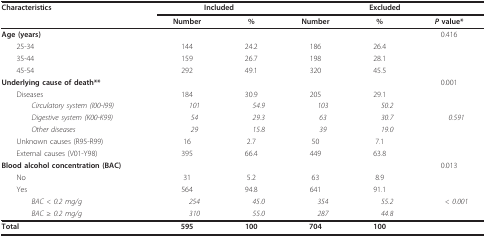
| Characteristics | <COLSPAN=2> Included | <COLSPAN=3> Excluded |
 |  | Number | % | Number | % | P value* |
 | --- | --- | --- | --- | --- | --- |
 | Age (years) |  |  |  |  | 0.416 |
 | 25-34 | 144 | 24.2 | 186 | 26.4 |  |
 | 35-44 | 159 | 26.7 | 198 | 28.1 |  |
 | 45-54 | 292 | 49.1 | 320 | 45.5 |  |
 | Underlying cause of death** |  |  |  |  | 0.001 |
 | Diseases | 184 | 30.9 | 205 | 29.1 |  |
 | Circulatory system (I00-I99) | 101 | 54.9 | 103 | 50.2 |  |
 | Digestive system (K00-K99) | 54 | 29.3 | 63 | 30.7 | 0.591 |
 | Other diseases | 29 | 15.8 | 39 | 19.0 |  |
 | Unknown causes (R95-R99) | 16 | 2.7 | 50 | 7.1 |  |
 | External causes (V01-Y98) | 395 | 66.4 | 449 | 63.8 |  |
 | Blood alcohol concentration (BAC) |  |  |  |  | 0.013 |
 | No | 31 | 5.2 | 63 | 8.9 |  |
 | Yes | 564 | 94.8 | 641 | 91.1 |  |
 | BAC < 0.2 mg/g | 254 | 45.0 | 354 | 55.2 | < 0.001 |
 | BAC ≥ 0.2 mg/g | 310 | 55.0 | 287 | 44.8 |  |
 | Total | 595 | 100 | 704 | 100 |  |